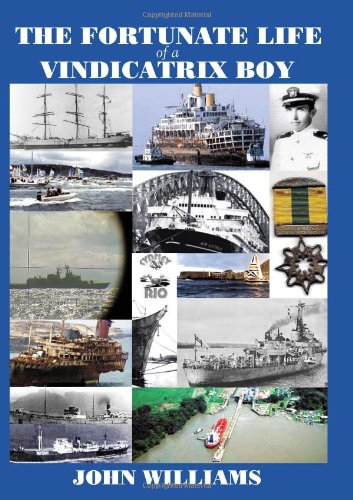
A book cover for The fortunate life of a Vindicatrix boy; John Williams; Biographies & Memoirs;